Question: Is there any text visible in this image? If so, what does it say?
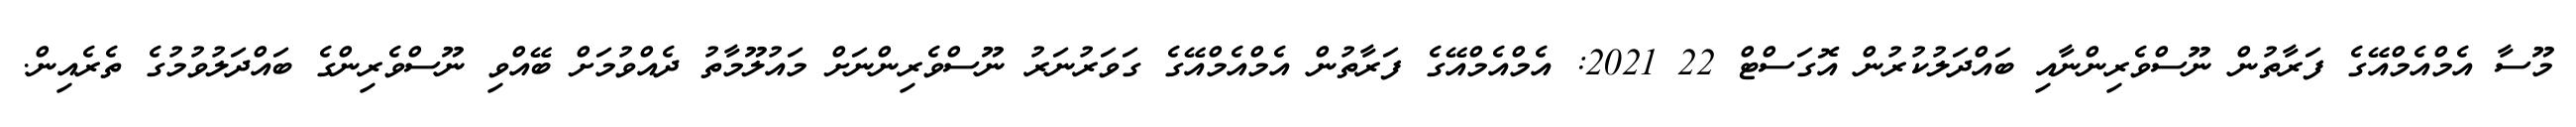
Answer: މޫސާ އެމްއެމްއޭގެ ފަރާތުން ނޫސްވެރިންނާއި ބައްދަލުކުރުން އޮގަސްޓް 22 2021: އެމްއެމްއޭގެ ފަރާތުން އެމްއެމްއޭގެ ގަވަރުނަރު ނޫސްވެރިންނަށް މައުލޫމާތު ދެއްވުމަށް ބޭއްވި ނޫސްވެރިންގެ ބައްދަލުވުމުގެ ތެރެއިން.